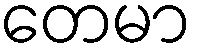
တေမာ